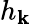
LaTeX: h_{\mathbf{k}}